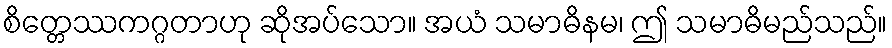
စိတ္တေဿကဂ္ဂတာဟု ဆိုအပ်သော။ အယံ သမာဓိနမ၊ ဤ သမာဓိမည်သည်။